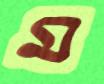
ম